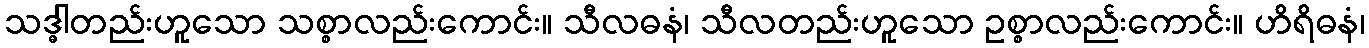
သဒ္ဓါတည်းဟူသော သစ္စာလည်းကောင်း။ သီလဓနံ၊ သီလတည်းဟူသော ဥစ္စာလည်းကောင်း။ ဟိရိဓနံ၊